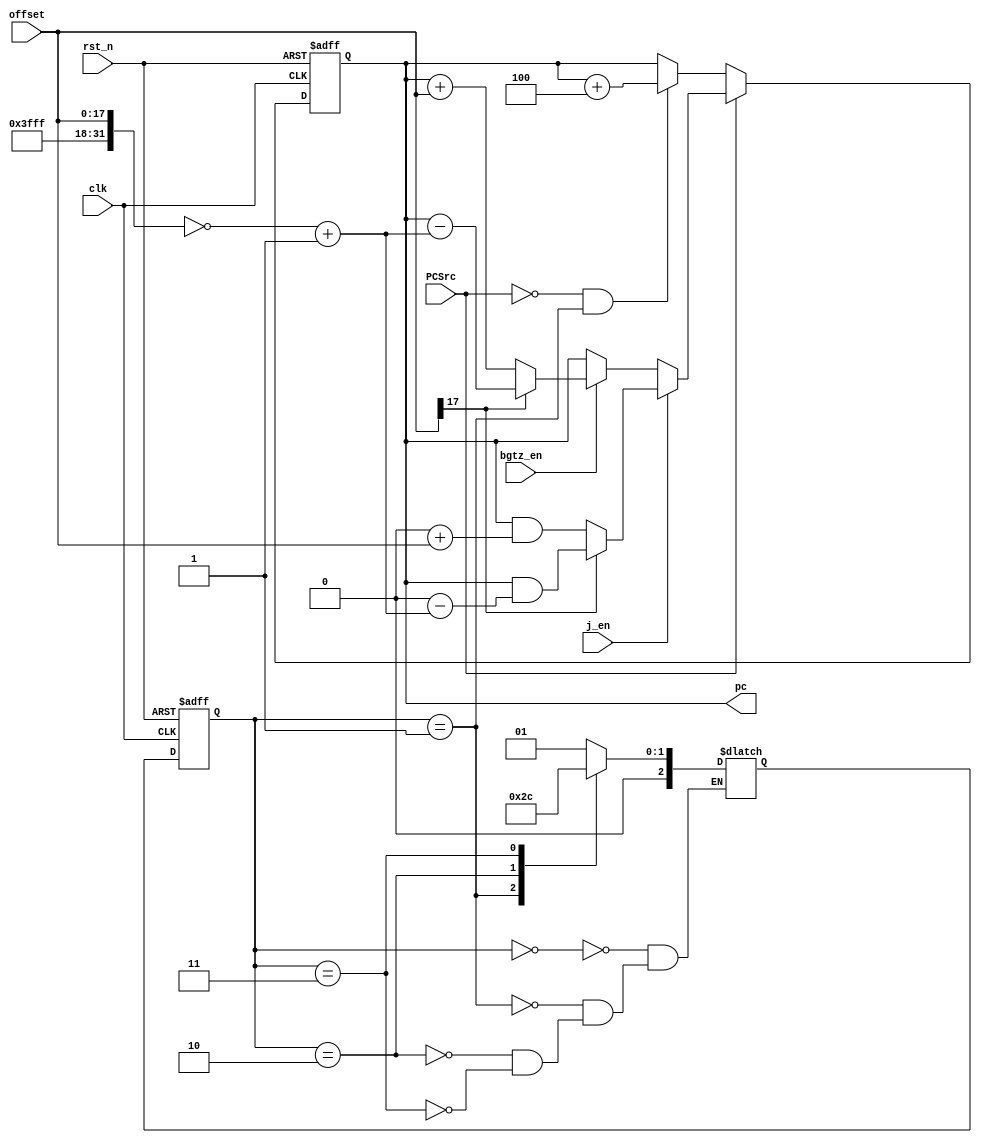
`timescale 1ns / 1ps
//////////////////////////////////////////////////////////////////////////////////
// Company: 
// Engineer: 
// 
// Design Name: 
// Module Name:    pc 
// Project Name: 
// Target Devices: 
// Tool versions: 
// Description: 
//
// Dependencies: 
//
// Revision: 
// Revision 0.01 - File Created
// Additional Comments: 
//
//////////////////////////////////////////////////////////////////////////////////
module pc(
	input clk,
	input rst_n,
	input j_en,
	input bgtz_en,
	input PCSrc,
	input [17:0] offset,
	output reg [31:0] pc
);

reg [2:0] curr_state;
reg [2:0] next_state;

parameter S0 = 0;
parameter S1 = 1;
parameter S2 = 2;
parameter S3 = 3;

always@(posedge clk or negedge rst_n)
begin
	if(!rst_n)
		begin
			pc <= 0;
		end
	else if(PCSrc)
		begin
			if(j_en)
				begin
					if(!offset[17])
						pc <= pc & 18'b0 + offset;
					else
						pc <= pc & 18'b0 - (~{14'h3fff, offset} + 1);
				end
			else if(bgtz_en)
				begin
					if(!offset[17])
						pc <= pc + offset;
					else
						pc <= pc - (~{14'h3fff, offset} + 1);
				end
		end
	else if(!PCSrc && curr_state == S1)
		pc <= pc + 4;
end

always@(posedge clk or negedge rst_n)
begin
	if(!rst_n)
		curr_state <= S0;
	else
		curr_state <= next_state;
end

always@(*)
begin
	case(curr_state)
		S0:
			next_state = S1;
		S1:
			next_state = S2;
		S2:
			next_state = S3;
		S3:
			next_state = S0;
	endcase
end

endmodule